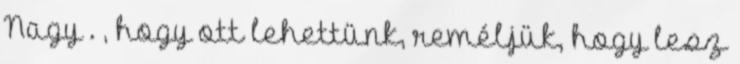
Nagy . , hogy ott lehettünk, reméljük, hogy lesz